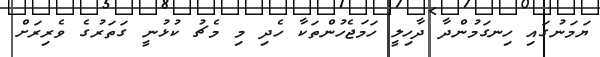
ޔަމަނުގައި ހިނގަމުންދާ ދާހިލީ ހަމަޖެހުންތަކާ ހެދި މި މެޗު ކުޅުނީ ގަތަރުގެ ވެރިރަށް